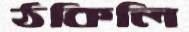
ঠকিলি